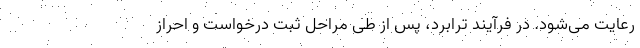
رعایت می‌شود. در فرآیند ترابرد، پس از طی مراحل ثبت درخواست و احراز